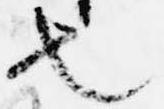
也